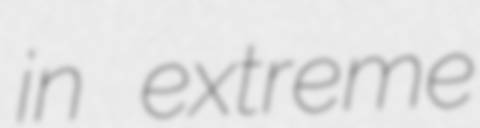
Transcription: in extreme